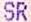
SR